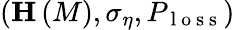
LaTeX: \left(\mathbf{H}\left(M\right),\sigma_{\eta},P_{\mathrm{~l~o~s~s~}}\right)